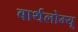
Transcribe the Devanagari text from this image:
बार्थलोम्यू